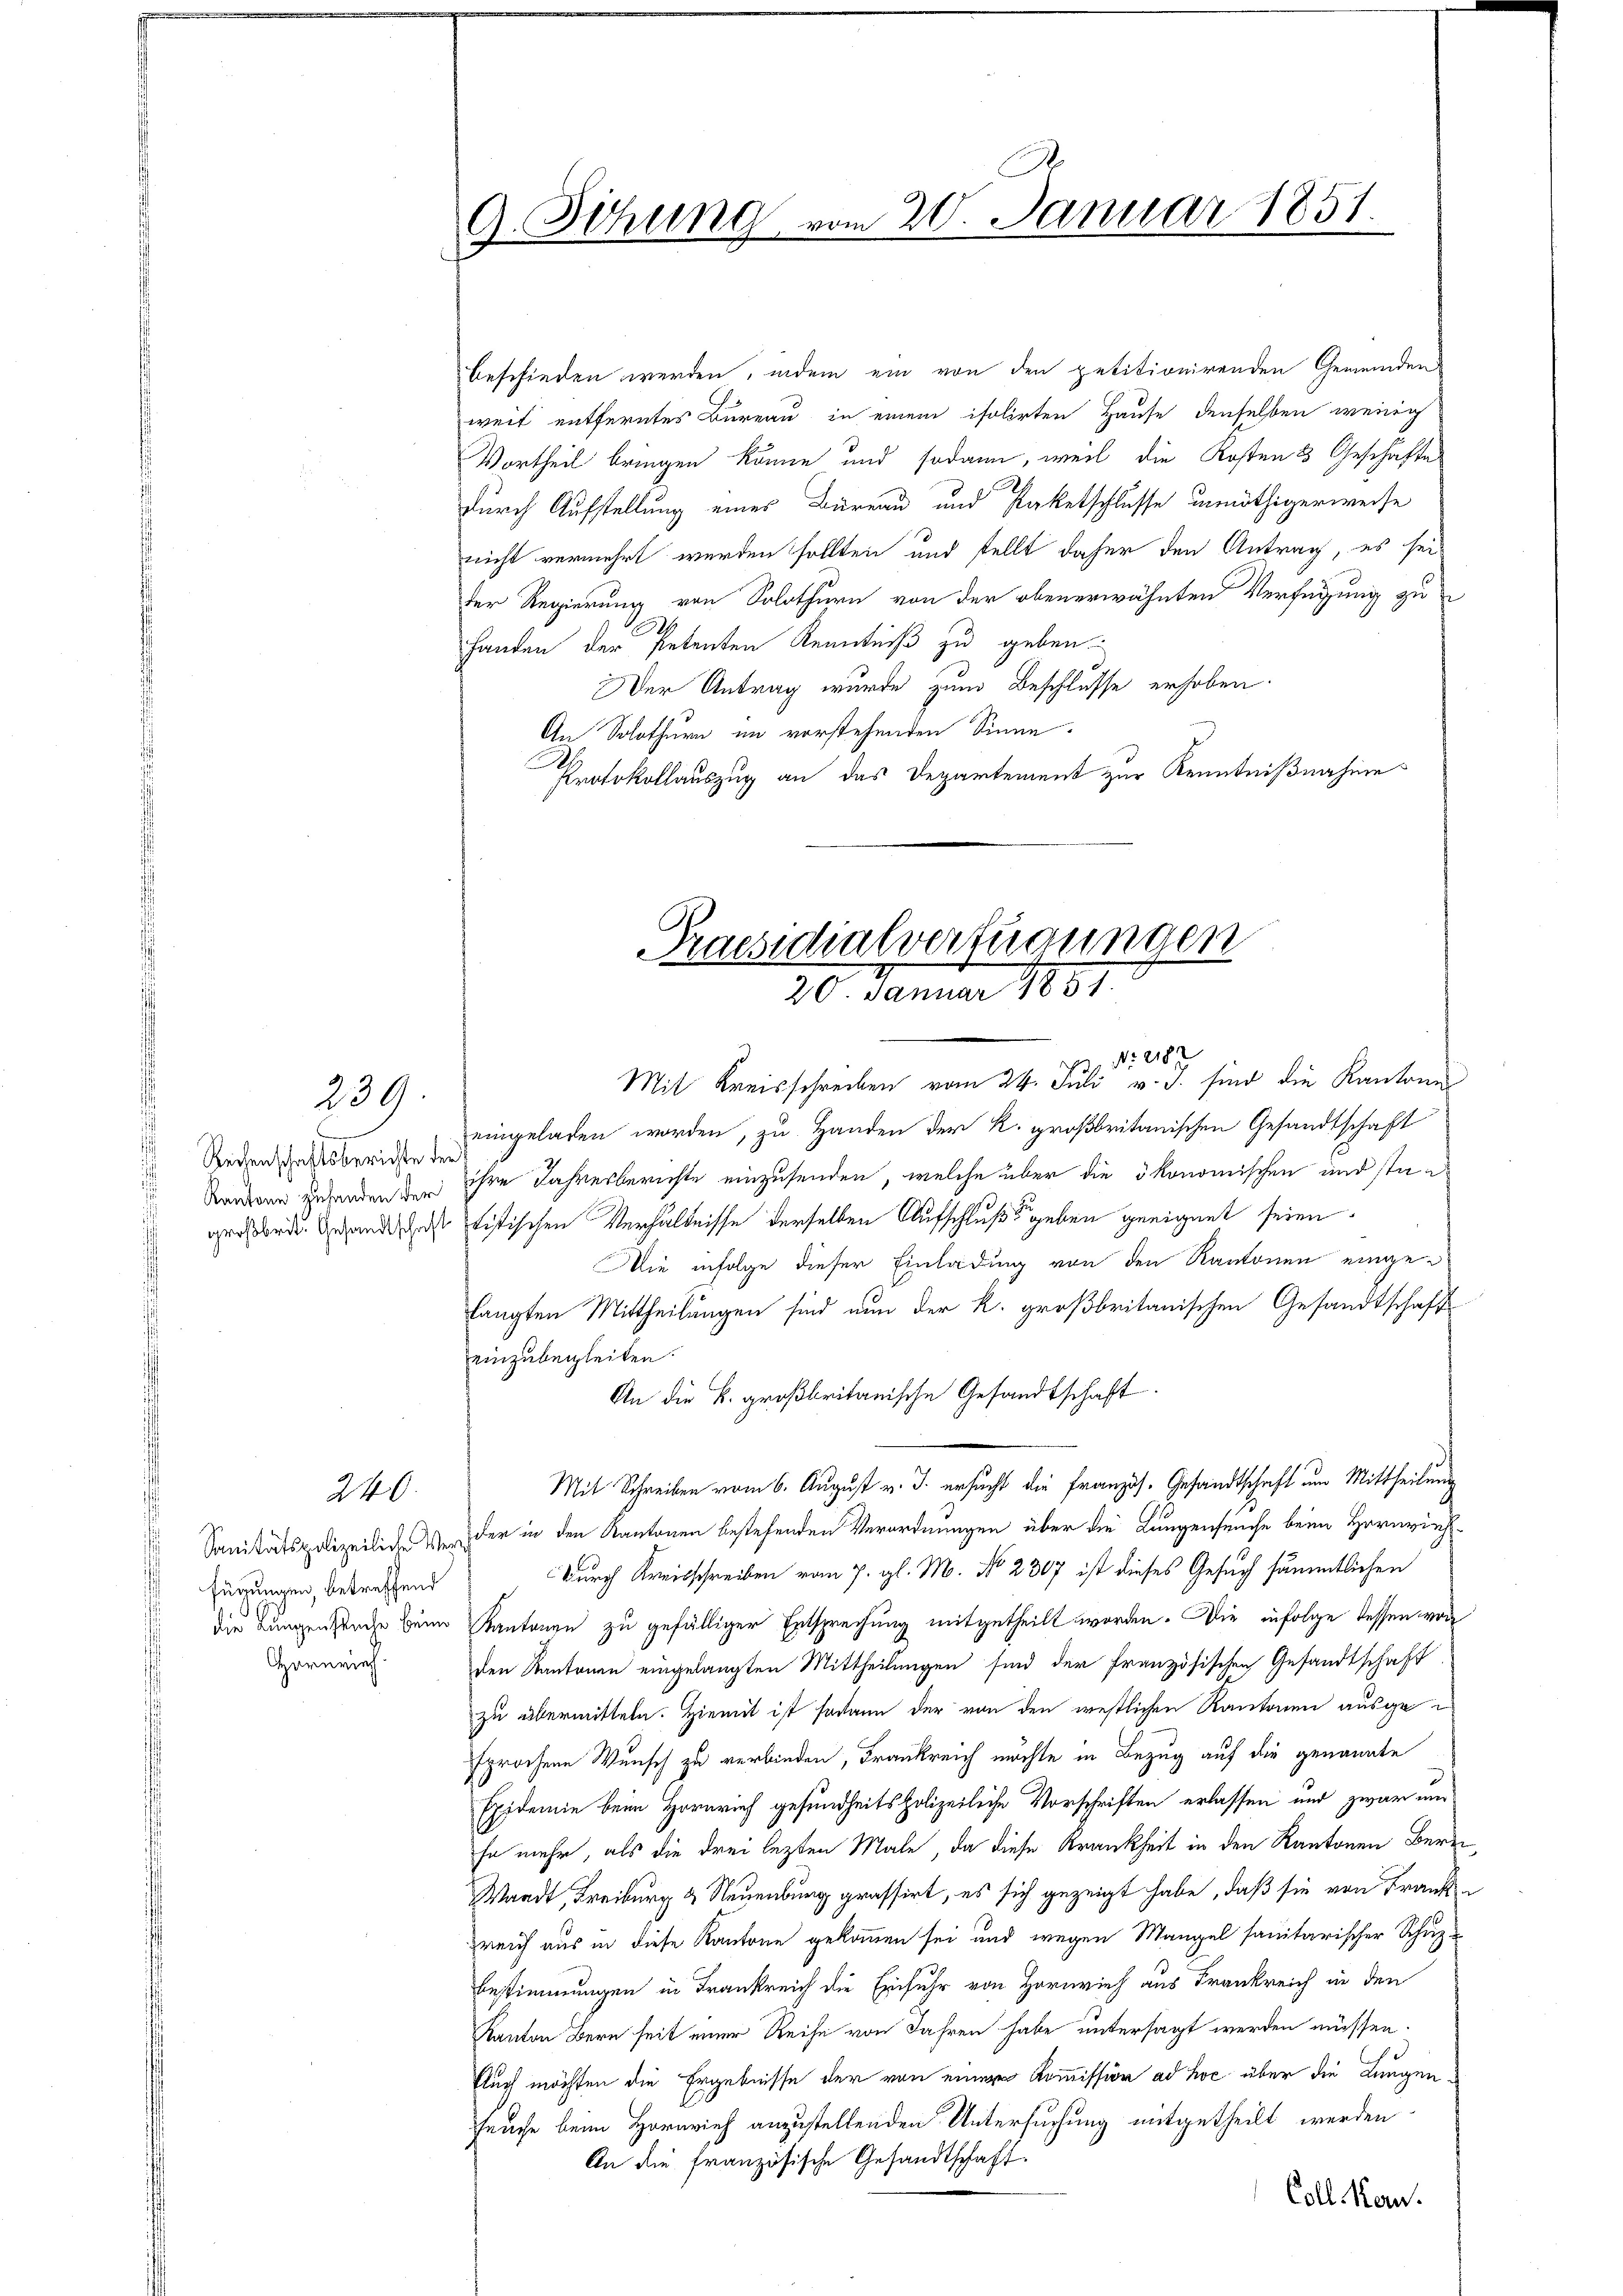
239.

Reisenschaftsberichte der
Kantone zuhanden der
großbrit. Gesandtschaft

240.

fügungen, betreffend
Harnriech

G. Sitzung

beschieden werden, indem ein von den petitionirenden Gemeinden
weit entferntes Bureau in einem isolirten Hause denselben wenig
Vortheil bringen könne und sodann, weil die Kosten 3 Geschäfte
durch Aufstellung eines Bureau und Paketschlusse unnöthigerweise
nicht vermehrt werden sollten und stellt daher den Antrag, es sei
der Regierung von Solothurn von der obenerwähnten Verfügung zu
Handen der Petenten Kenntniß zu geben.
Der Antrag wurde zum Beschlusse erhoben.
An Solothurn im vorstehenden Sinne.
Protokollauszug an das Departement zur Kenntnißnahme

20. Januar 1851.

Praesidialverfügungen
20. Januar 1831.

Mit Kreisschreiben vom 24. Juli v. J. sind die Kantone
eingeladen worden, zu Handen der K. großbritanischen Gesandtschaft
ihre Jahresberichte einzusenden, welche über die ökonomischen und statistischen Verhältnisse derselben Aufschluß geben geeignet seien.
Die infolge dieser Einladung von den Kantonen eingelangten Mittheilungen sind nun der K. großbritanischen Gesandtschaft
einzubegleiten.
An die k. großbritanische Gesandtschaft.
Mit Schreiben vom 6. August v. J. ersucht die Französ. Gesandtschaft um Mittheilung
Sanitätspolizeiliche Wer der in den Kantonen bestehenden Verordnungen über die Lungenseuche beim Hornvieh-
Durch Kreisschreiben vom 7. gl. M. No 2307 ist dieses Gesuch sämmtlichen
die Lungenseuche beim Kantonen zu gefälliger Entsprechung mitgetheilt worden. Die infolge dessen von
den Kantonen eingelangten Mittheilungen sind der französischen Gesandtschaft
zu übermitteln. Hiemit ist sodann der von den westlichen Kantonen ausgesprochene Wunsch zu verbinden, Frankreich möchte in Bezug auf die genannte
Epidemie beim Hornrief gesundheits polizeiliche Vorschriften erlassen und zwar und
se mehr, als die drei lezten Male, da diese Krankheit in den Kantonen Bern
Waadt, Freiburg & Neuenburg grossirt, es sich gezeigt habe, daß sie von Frank
reich aus in diese Kantone gekommen sei und wegen Mangel sanitarischer Schuz¬
Bestimmungen in Frankreich die Einfuhr von Hornvieh aus Frankreich in den
Kanton Bern seit einer Reihe von Jahren habe untersagt werden müssen.
Auch möchten die Ergebnisse der von einer Kommission ad hoc über die Langenfeuche beim Hornvieh anzustellenden Untersuchung mitgetheilt werden.
An die französische Gesandtschaft.
Coll. Kan

. Nr. 187